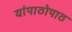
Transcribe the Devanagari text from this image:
यांपाठोपाठ